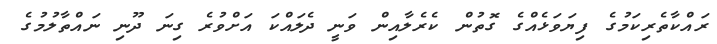
ރައްކާތެރިކަމުގެ ފިޔަވަޅެއްގެ ގޮތުން ކެރެލާއިން ވަނީ ދެލައްކަ އަށްވުރެ ގިނަ ދޫނި ނައްތާލުމުގެ